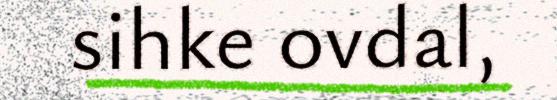
sihke ovdal,